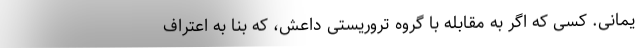
یمانی. کسی که اگر به مقابله با گروه تروریستی داعش، که بنا به اعتراف